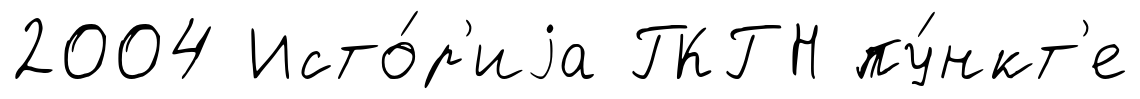
2004 Исто́р'иjа ГКГН пу́нкт'е